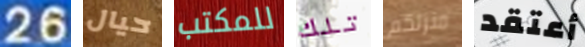
26 حيال للمكتب تلك منزلكم أعتقد